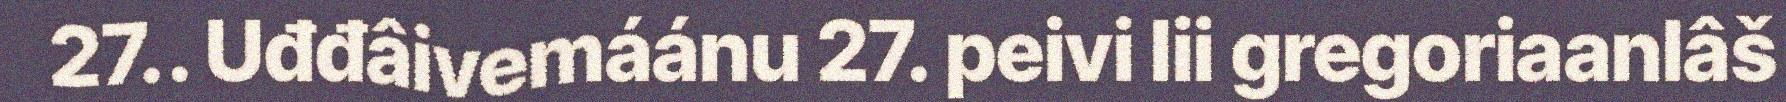
27.. Uđđâivemáánu 27. peivi lii gregoriaanlâš